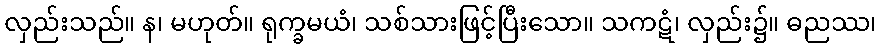
လှည်းသည်။ န၊ မဟုတ်။ ရုက္ခမယံ၊ သစ်သားဖြင့်ပြီးသော။ သကဋံ၊ လှည်း၌။ ဓညဿ၊